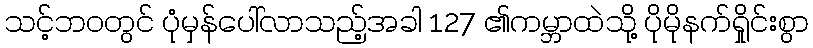
သင့်ဘ၀တွင် ပုံမှန်ပေါ်လာသည့်အခါ 127 ၏ကမ္ဘာထဲသို့ ပိုမိုနက်ရှိုင်းစွာ